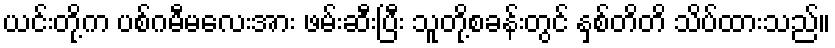
ယင်းတို့က ပစ်ဂမီမလေးအား ဖမ်းဆီးပြီး သူတို့စခန်းတွင် နှစ်တိတိ သိပ်ထားသည်။